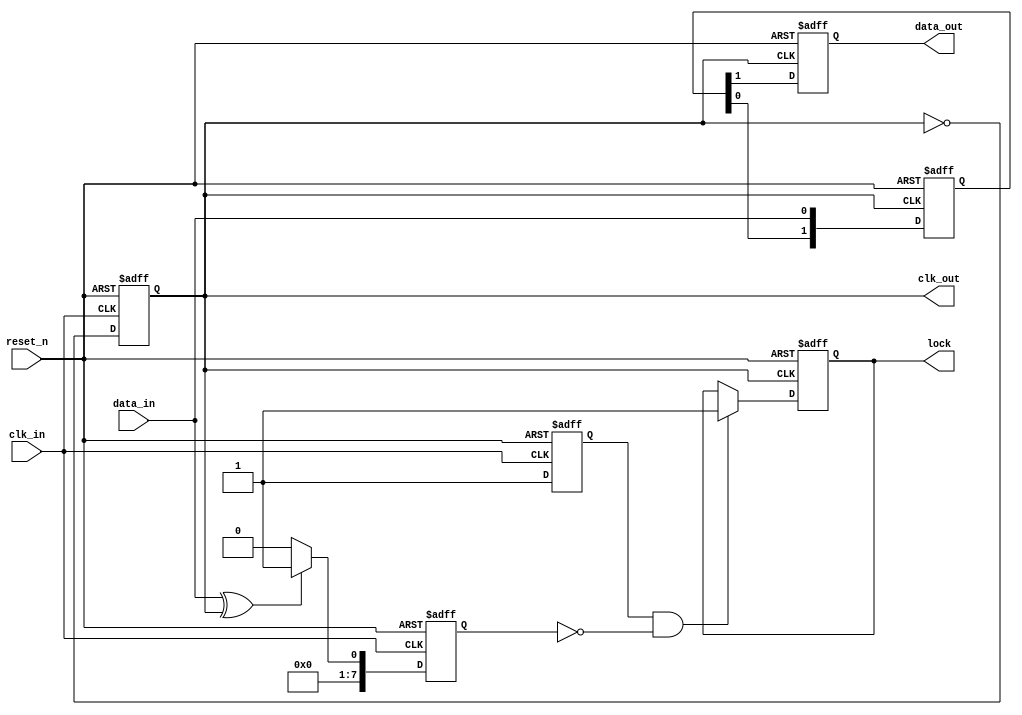
module pll_synchronizer (
    input wire clk_in,           // Incoming clock signal
    input wire data_in,          // Incoming data signal
    input wire reset_n,          // Active-low reset signal
    output reg clk_out,          // Output clock signal
    output reg data_out,         // Synchronized output data signal
    output reg lock              // Lock signal indicating PLL is locked
);

// Parameters for loop filter (example values)
parameter LOOP_FILTER_GAIN = 8'd10;
parameter VCO_MAX_FREQ = 100; // Max frequency for VCO
parameter VCO_MIN_FREQ = 10;   // Min frequency for VCO

// Internal signals
reg [7:0] phase_error;          // Phase detector output (error signal)
reg [7:0] control_signal;       // Control signal from loop filter
reg [7:0] vco_freq;             // Current frequency of VCO
reg phase_detector_ready;        // Indicates phase detector is ready
reg [1:0] sync_stage;           // Synchronization stage counter

// Phase Detector (simple XOR for demonstration)
always @(posedge clk_in or negedge reset_n) begin
    if (!reset_n) begin
        phase_error <= 8'd0;
        phase_detector_ready <= 1'b0;
    end else begin
        // Simple phase detection logic (XOR)
        phase_error <= (data_in ^ clk_out) ? 8'd1 : 8'd0;
        phase_detector_ready <= 1'b1; // Set ready once phase detection has occurred
    end
end

// Loop Filter (simple proportional filter for demonstration)
always @(posedge clk_in or negedge reset_n) begin
    if (!reset_n) begin
        control_signal <= 8'd0;
    end else begin
        control_signal <= control_signal + (phase_error * LOOP_FILTER_GAIN);
    end
end

// Voltage-Controlled Oscillator (VCO)
always @(posedge clk_in or negedge reset_n) begin
    if (!reset_n) begin
        vco_freq <= VCO_MIN_FREQ; // Start at min frequency
        clk_out <= 1'b0;
    end else begin
        // Adjust VCO frequency based on control signal
        if (control_signal > 8'd128) begin
            vco_freq <= (vco_freq < VCO_MAX_FREQ) ? vco_freq + 1 : VCO_MAX_FREQ;
        end else if (control_signal < 8'd128) begin
            vco_freq <= (vco_freq > VCO_MIN_FREQ) ? vco_freq - 1 : VCO_MIN_FREQ;
        end
        
        // Generate output clock (simple toggling)
        clk_out <= ~clk_out;
    end
end

// Synchronization logic (2-stage synchronizer)
always @(posedge clk_out or negedge reset_n) begin
    if (!reset_n) begin
        sync_stage <= 2'b00;
        data_out <= 1'b0;
        lock <= 1'b0;
    end else begin
        sync_stage <= {sync_stage[0], data_in}; // Shift data through stages
        data_out <= sync_stage[1]; // Output synchronized data

        // Lock detection logic (example: lock when phase error is minimal)
        if (phase_detector_ready && phase_error == 8'd0) begin
            lock <= 1'b1; // PLL is locked
        end
    end
end

endmodule